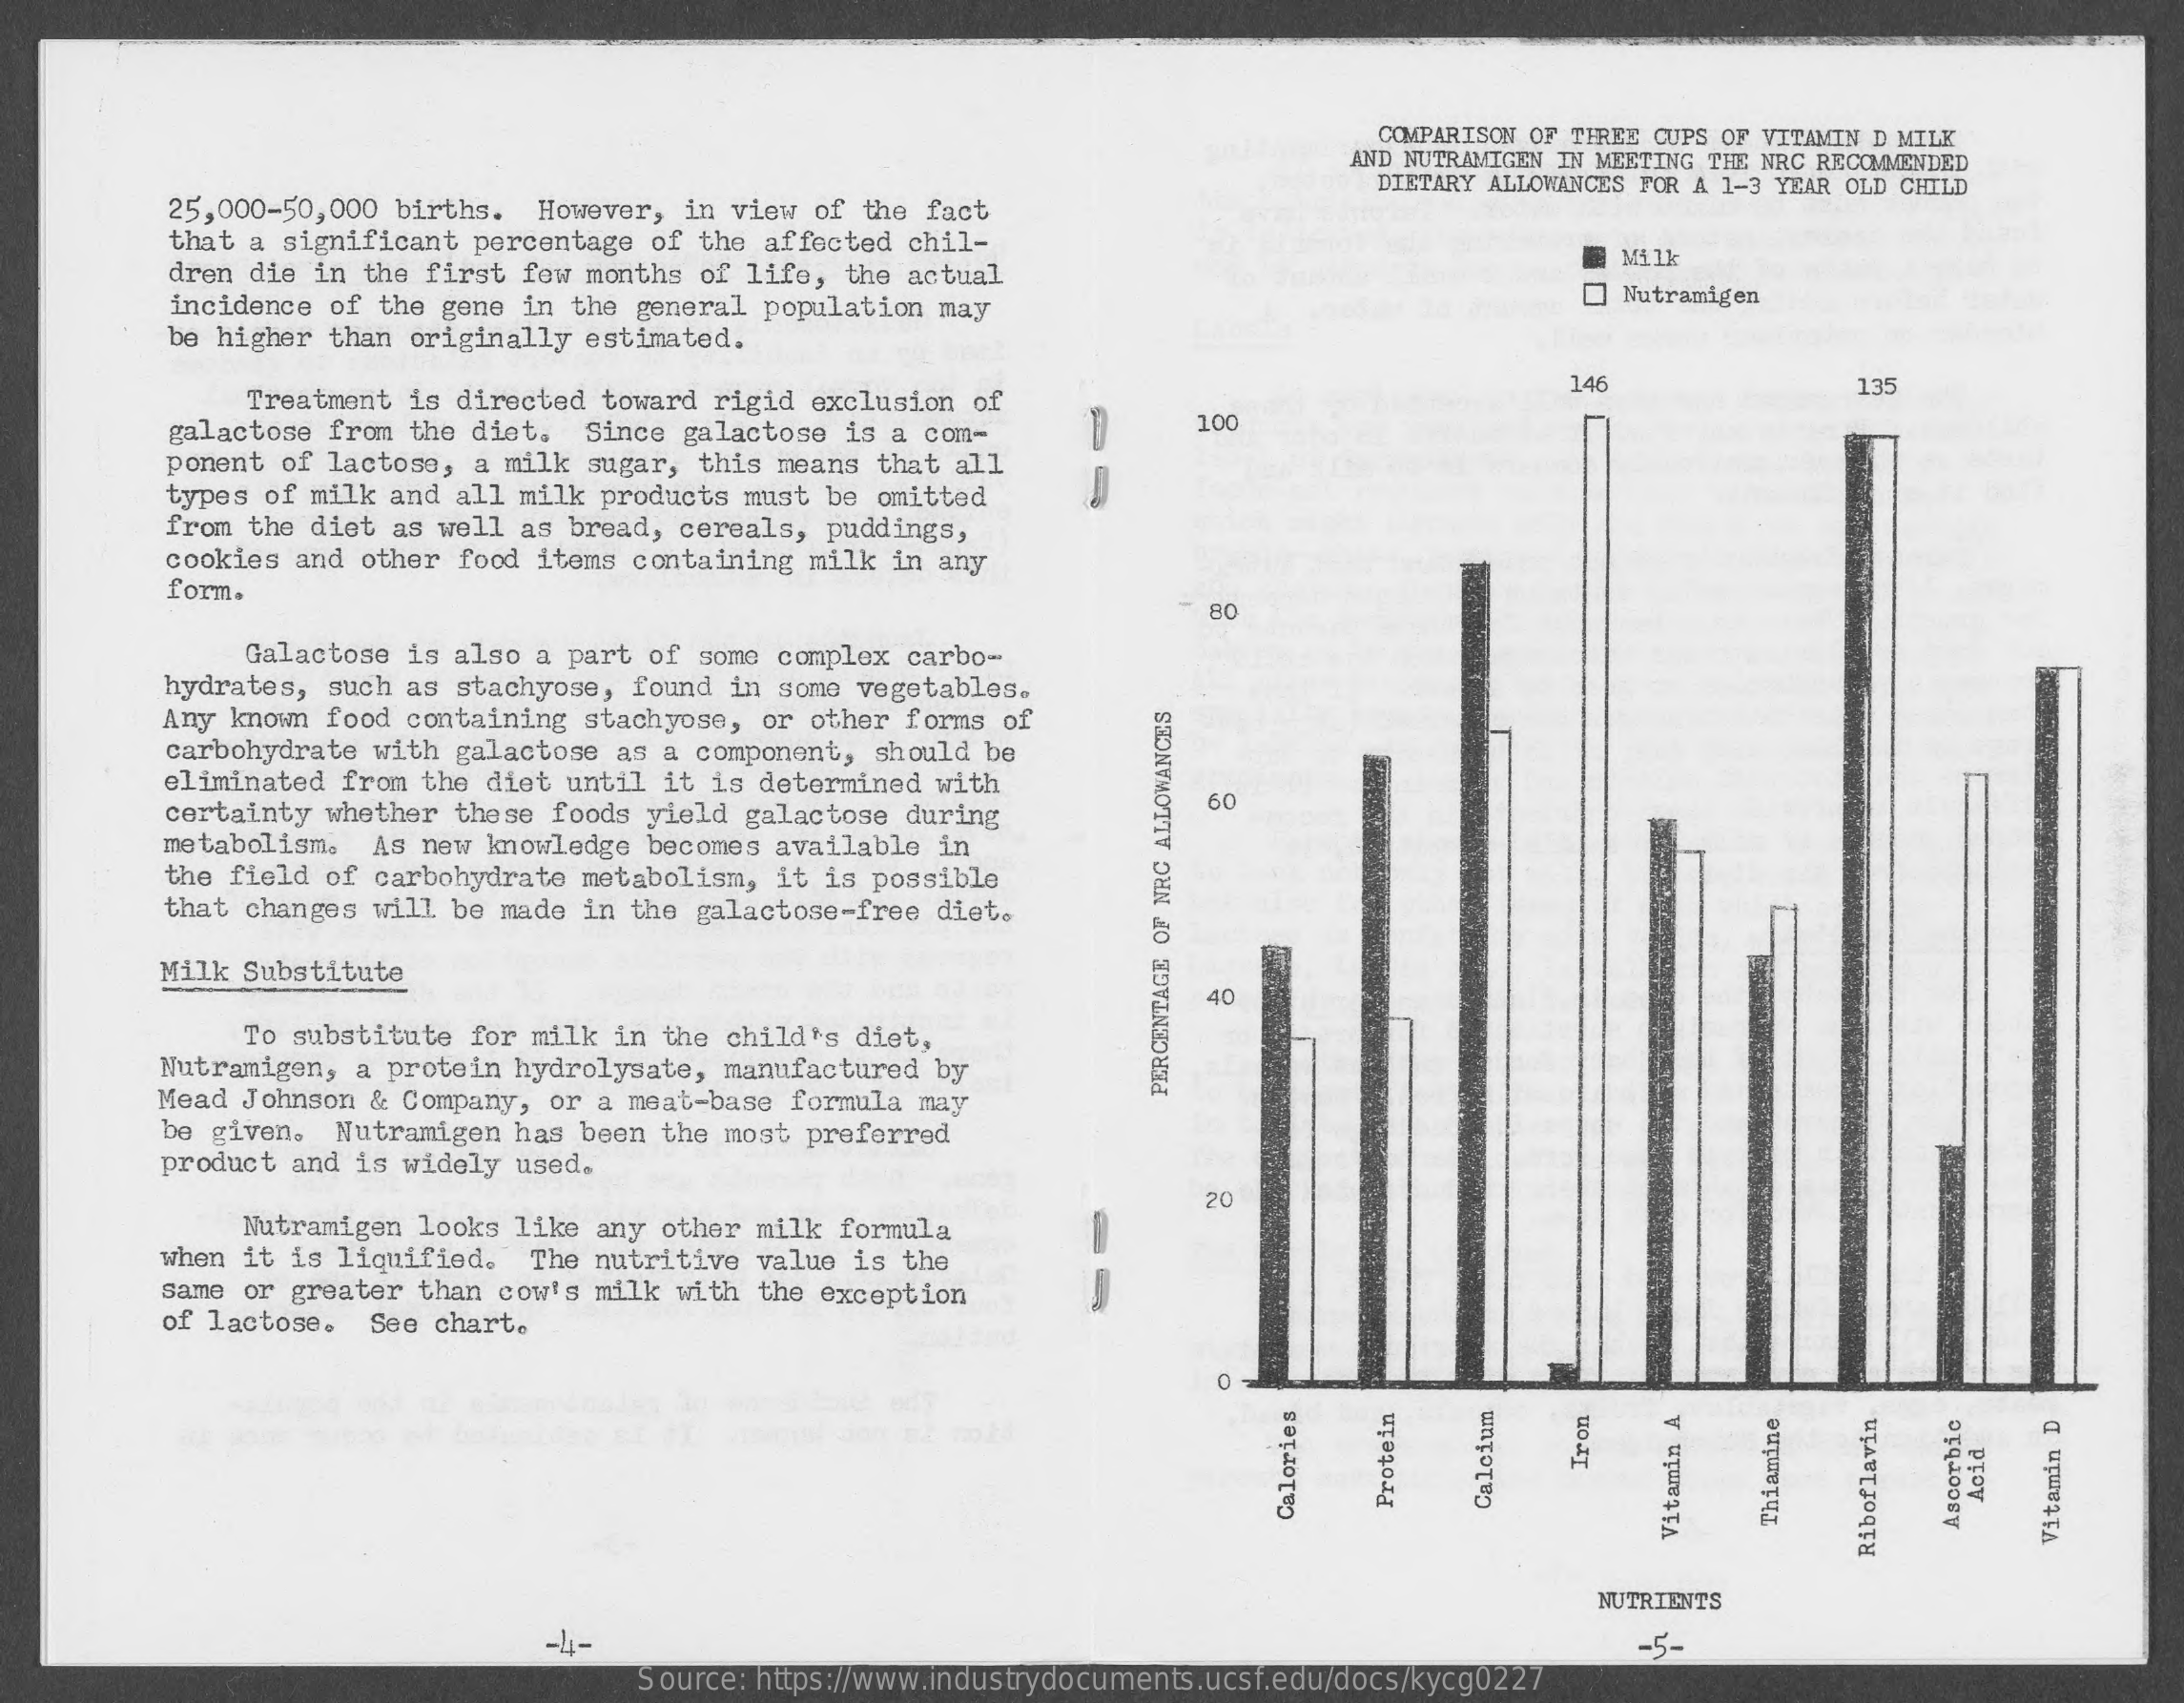
COMPARISON OF THREE CUPS OF VITAMIN D MILK
     AND NUTRAMIGEN IN MEETING THE NRC RECOMMENDED
     DIETARY ALLOWANCES FOR A 1-3 YEAR OLD CHILD
     25,000-50,000  births.  However,  in view of the fact
     that a significant  percentage  of the affected chil-
     dren die  in the first few months  of life, the actual
     Milk
     incidence of  the gene in the  general population may
     Nutramigen
     be higher  than originally estimated.
     Treatment  is directed toward  rigid exclusion of
     146    135
     galactose from  the diet.  Since  galactose is a com-    100
     ponent of lactose,  a milk sugar,  this means that all
     types of milk and  all milk products  must be omitted
     from the diet as  well as bread, cereals,  puddings,
     cookies and other  food items containing  milk in any
     form.
     - 80
     Galactose  is also a part of  some complex carbo-
     hydrates, such as  stachyose, found  in some vegetables.
     Any known food containing  stachyose,  or other forms of
     carbohydrate with  galactose as a component,  should be
     eliminated from  the diet until it is determined  with
     certainty whether  these foods yield  galactose during
     60
     metabolism.  As  new knowledge becomes  available in
     the field of carbohydrate  metabolism,  it is possible
     that changes will  be made in the galactose-free  diet.
     Milk Substitute
     40
     To substitute  for milk in the child's  diet,
     Nutramigen, a protein  hydrolysate, manufactured  by
     Mead Johnson & Company,  or a meat-base formula  may
     PERCENTAGE
     OF
     NRC
     ALLOWANCES
     be given.  Nutramigen  has been the most  preferred
     product and is widely  used.
     20
     Nutramigen looks like  any other milk  formula
     when it is liquified.   The nutritive value  is the
     same or greater  than cow's milk with  the exception
     of lactose.  See chart.
     0
     Iron
     Acid Protein Calcium Calories Thiamine Ascorbic Vitamin
     A
     Vitamin
     D
     Riboflavin
     NUTRIENTS
     -4-    -5-
     Source: https://www.industrydocuments.ucsf.edu/docs/kycg0227